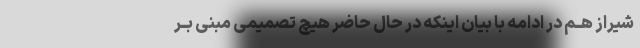
شیراز هــم در ادامه با بیان اینکه در حال حاضر هیچ تصمیمى مبنى بــر